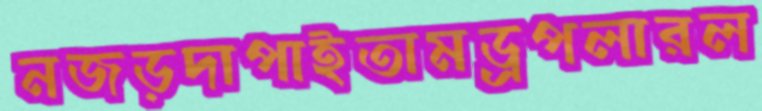
নজড়দাপাইতামড্রপলারল